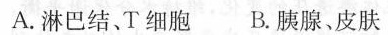
A.淋巴结。T细胞B.胰腺、皮肤